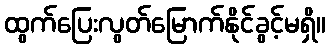
ထွက်ပြေးလွတ်မြောက်နိုင်ခွင့်မရှိ။